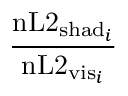
\frac { \mathrm { n L 2 } _ { \mathrm { s h a d } _ { i } } } { \mathrm { n L 2 } _ { \mathrm { v i s } _ { i } } }